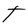
Character: T